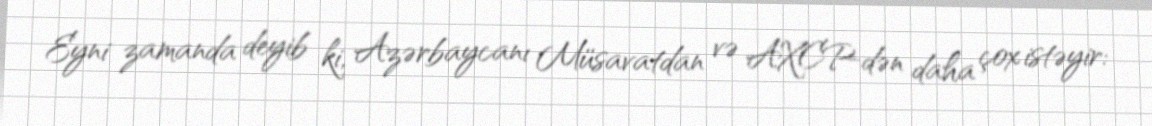
Eyni zamanda deyib ki, Azərbaycanı Müsavatdan və AXCP-dən daha çox istəyir: